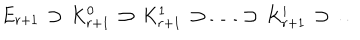
E _ { r + 1 } \, \supset \, K _ { r + 1 } ^ { 0 } \, \supset \, K _ { r + 1 } ^ { 1 } \, \supset \, \dots \, \supset \, K _ { r + 1 } ^ { i } \, \supset \, \dots